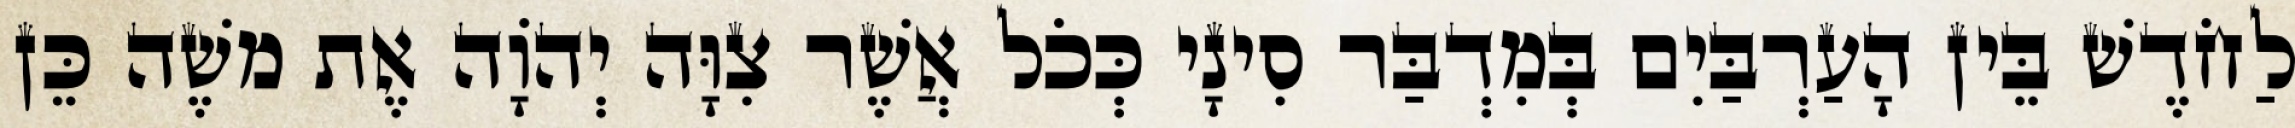
לַחֹדֶשׁ בֵּין הָעַרְבַּיִם בְּמִדְבַּר סִינָי כְּכֹל אֲשֶׁר צִוָּה יְהוָֹה אֶת משֶׁה כֵּן